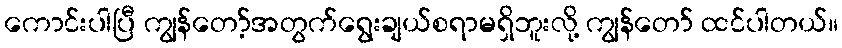
ကောင်းပါပြီ ကျွန်တော့်အတွက်ရွေးချယ်စရာမရှိဘူးလို့ ကျွန်တော် ထင်ပါတယ်။